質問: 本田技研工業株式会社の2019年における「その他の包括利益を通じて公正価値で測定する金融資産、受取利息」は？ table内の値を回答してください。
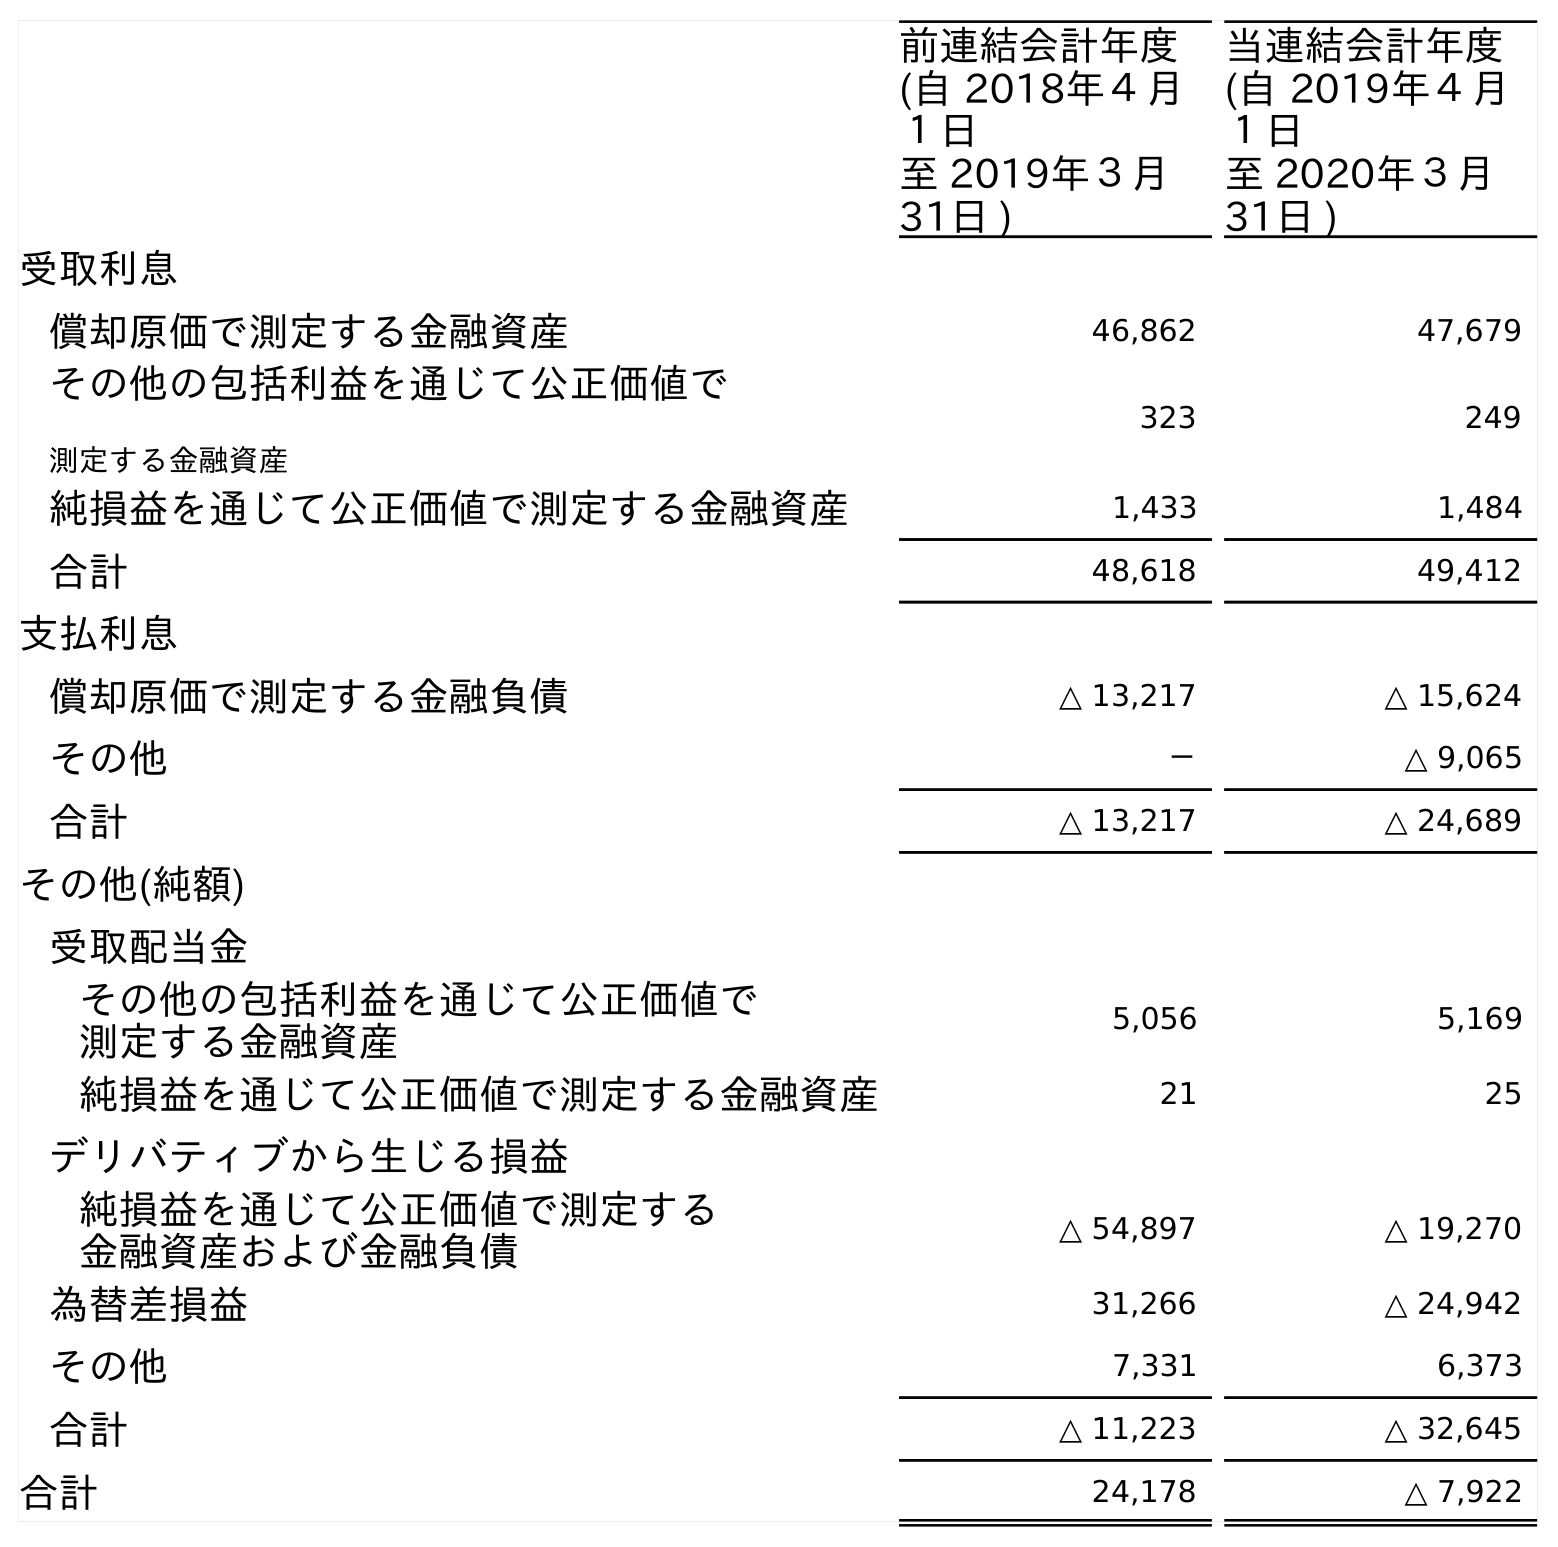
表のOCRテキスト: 前連結会計年度 (自 2018年４月 １日 至 2019年３月 31日 ) 当連結会計年度 (自 2019年４月 １日 至 2020年３月 31日 ) 受取利息 償却原価で測定する金融資産 46,862 47,679 その他の包括利益を通じて公正価値で 測定する金融資産 323 249 純損益を通じて公正価値で測定する金融資産 1,433 1,484 合計 48,618 49,412 支払利息 償却原価で測定する金融負債 △ 13,217 △ 15,624 その他 － △ 9,065 合計 △ 13,217 △ 24,689 その他(純額) 受取配当金 その他の包括利益を通じて公正価値で 測定する金融資産 5,056 5,169 純損益を通じて公正価値で測定する金融資産 21 25 デリバティブから生じる損益 純損益を通じて公正価値で測定する 金融資産および金融負債 △ 54,897 △ 19,270 為替差損益 31,266 △ 24,942 その他 7,331 6,373 合計 △ 11,223 △ 32,645 合計 24,178 △ 7,922
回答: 323